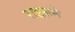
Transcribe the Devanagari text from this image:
राइसने